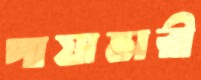
পায়াভারী